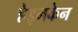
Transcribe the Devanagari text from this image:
हेइनकेन